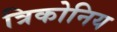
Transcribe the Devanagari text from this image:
त्रिकोनिय